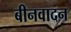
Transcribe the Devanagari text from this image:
बीनवादन